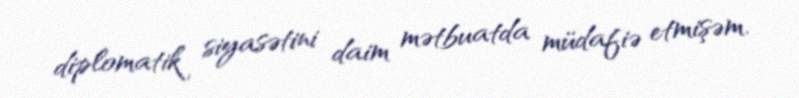
diplomatik siyasətini daim mətbuatda müdafiə etmişəm.